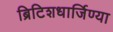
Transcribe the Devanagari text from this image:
ब्रिटिशधार्जिण्या